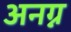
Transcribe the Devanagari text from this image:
अनग्न